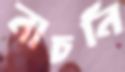
নাচনি